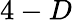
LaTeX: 4-D